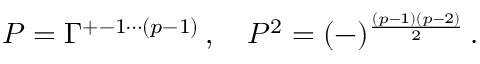
P = \Gamma ^ { + - 1 \cdots ( p - 1 ) } \, , \quad P ^ { 2 } = ( - ) ^ { \frac { ( p - 1 ) ( p - 2 ) } { 2 } } \, .